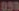
050